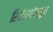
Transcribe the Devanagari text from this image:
सिरंजनीपासून